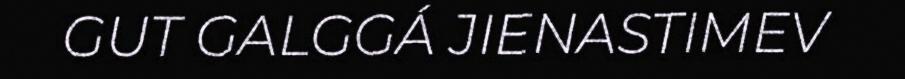
GUT GALGGÁ JIENASTIMEV